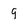
Character: 9